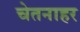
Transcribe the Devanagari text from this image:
चेतनाहर